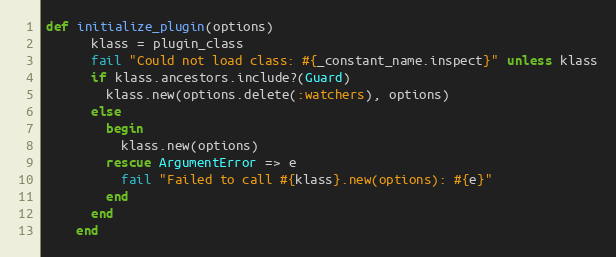
Language: Ruby
def initialize_plugin(options)
      klass = plugin_class
      fail "Could not load class: #{_constant_name.inspect}" unless klass
      if klass.ancestors.include?(Guard)
        klass.new(options.delete(:watchers), options)
      else
        begin
          klass.new(options)
        rescue ArgumentError => e
          fail "Failed to call #{klass}.new(options): #{e}"
        end
      end
    end